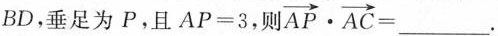
BD，垂足为P，且$$AP=3$$，则 $$\overrightarrow{AP}\cdot \overrightarrow{AC}=___$$.